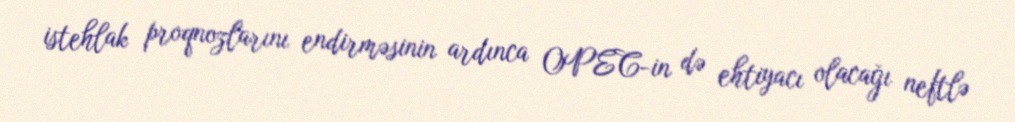
istehlak proqnozlarını endirməsinin ardınca OPEC-in də ehtiyacı olacağı neftlə